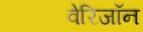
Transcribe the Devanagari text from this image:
वेरिजॉन